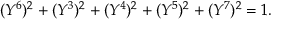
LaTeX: ( Y ^ { 6 } ) ^ { 2 } + ( Y ^ { 3 } ) ^ { 2 } + ( Y ^ { 4 } ) ^ { 2 } + ( Y ^ { 5 } ) ^ { 2 } + ( Y ^ { 7 } ) ^ { 2 } = 1 .